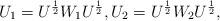
LaTeX: \begin{align*}U_1 = U^{\frac12} W_1 U^{\frac12}, U_2 = U^{\frac12} W_2 U^{\frac12}, \end{align*}